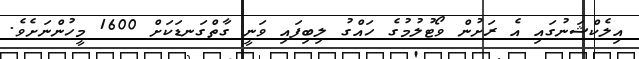
އިލެކްޝަނުގައި އެ ރަށުން ވޯޓުލުމުގެ ހައްގު ލިބިފައި ވަނީ ގާތްގަނޑަކަށް 1600 މީހުންނަށެވެ.